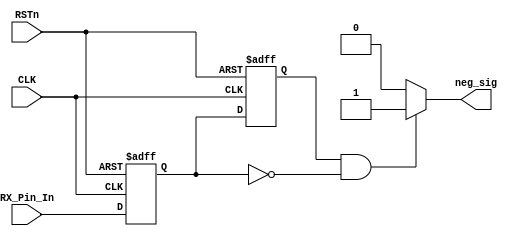
module detect_module 
(
   CLK, RSTn, RX_Pin_In, neg_sig
);
    input CLK;
	 input RSTn;
	 input RX_Pin_In;
	 output neg_sig; 
	 
	 reg neg1;
	 reg neg2;
	 
	 always @ ( posedge CLK or negedge RSTn )
	     if( !RSTn )
		      begin
				    neg1 <= 1'b1;
					 neg2 <= 1'b1;
				end
		  else
		      begin
				    neg1 <= RX_Pin_In;
					 neg2 <= neg1;
				end
				
	/***************************************/
	
	assign neg_sig = ( neg2 & !neg1 ) ? 1'b1 : 1'b0;			//While RX_Pin_In from 1 to 0, neg_sig = 1
	
	/***************************************/
	
endmodule